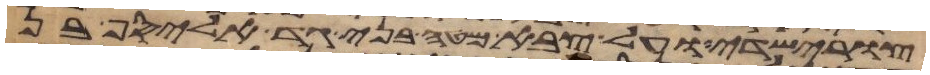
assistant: צורישדי ועל צבא מטה בני גד אליסף בן